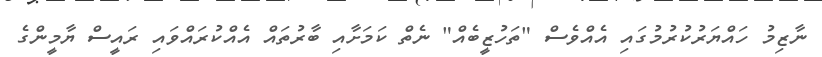
ނާޒިމު ހައްޔަރުކުރުމުގައި އެއްވެސް "ތަހުޒީބެއް" ނެތް ކަމަށާއި ބާރުތައް އެއްކުރައްވައި ރައީސް ޔާމީންގެ